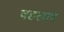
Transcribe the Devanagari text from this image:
वहलाव